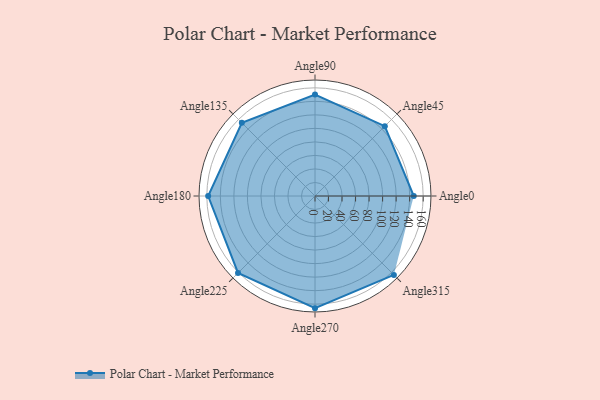
{"axis": {"x": "Angle", "y": "Radius"}, "legend": [""], "data": [{"x": "Angle0", "y": 146.0, "type": ""}, {"x": "Angle45", "y": 146.0, "type": ""}, {"x": "Angle90", "y": 150.0, "type": ""}, {"x": "Angle135", "y": 153.0, "type": ""}, {"x": "Angle180", "y": 158.0, "type": ""}, {"x": "Angle225", "y": 161.0, "type": ""}, {"x": "Angle270", "y": 166.0, "type": ""}, {"x": "Angle315", "y": 165.0, "type": ""}]}